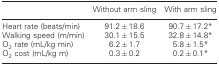
<table><thead><tr><td></td><td><b>Without arm sling</b></td><td><b>With arm sling</b></td></tr></thead><tbody><tr><td>Heart rate (beats/min)</td><td>91.2 ± 18.6</td><td>90.7 ± 17.2*</td></tr><tr><td>Walking speed (m/min)</td><td>30.1 ± 15.5</td><td>32.8 ± 14.8*</td></tr><tr><td>O<sub>2</sub> rate (mL/kg min)</td><td>6.2 ± 1.7</td><td>5.8 ± 1.5*</td></tr><tr><td>O<sub>2</sub> cost (mL/kg m)</td><td>0.3 ± 0.2</td><td>0.2 ± 0.1*</td></tr></tbody></table>